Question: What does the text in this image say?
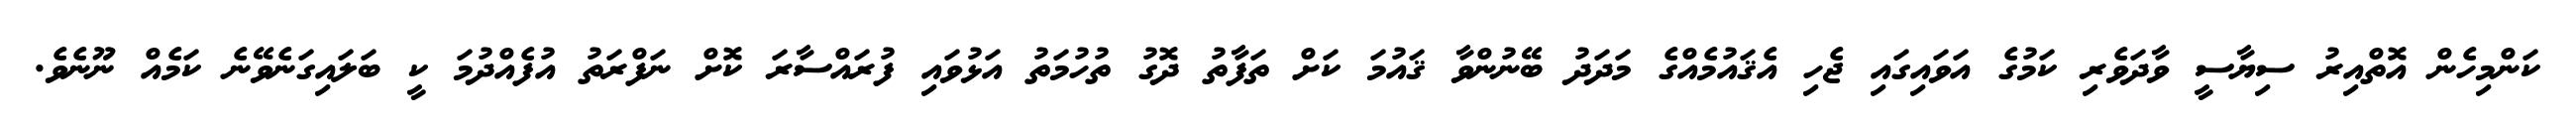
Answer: ކަންމިހެން އޮތްއިރު ސިޔާސީ ވާދަވެރި ކަމުގެ އަވައިގައި ޖެހި އެޤައުމެއްގެ މަދަދު ބޭނުންވާ ޤައުމަ ކަށް ތަފާތު ދޮގު ތުހުމަތު އަޅުވައި ފުރައްސާރަ ކޮށް ނަފްރަތު އުފެއްދުމަ ކީ ބަލައިގަނެވޭނެ ކަމެއް ނޫނެވެ.